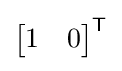
{\begin{bmatrix}1&0\end{bmatrix}}^{\mathsf {T}}